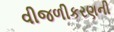
વીજળીકરણની